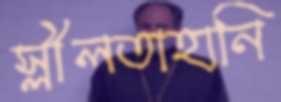
স্লীলতাহানি